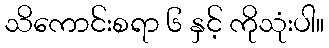
သိကောင်းစရာ ၆ နှင့် ကိုသုံးပါ။